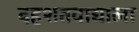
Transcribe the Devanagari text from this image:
दहशतवाद्याला